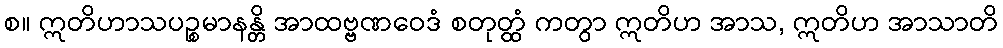
စ။ ဣတိဟာသပဉ္စမာနန္တိ အာထဗ္ဗဏဝေဒံ စတုတ္ထံ ကတွာ ဣတိဟ အာသ, ဣတိဟ အာသာတိ